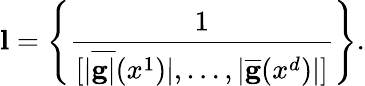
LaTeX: \mathbf{l}=\left\lbrace\frac{1}{[|\overline{{\mathbf{g}|}}(x^{1})|,\dots,|\overline{{\mathbf{g}}}(x^{d})|]}\right\rbrace.